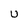
Character: U